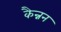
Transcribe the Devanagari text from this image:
कैन्नन